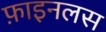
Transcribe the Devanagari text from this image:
फ़ाइनलस